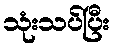
သုံးသပ်ပြီး